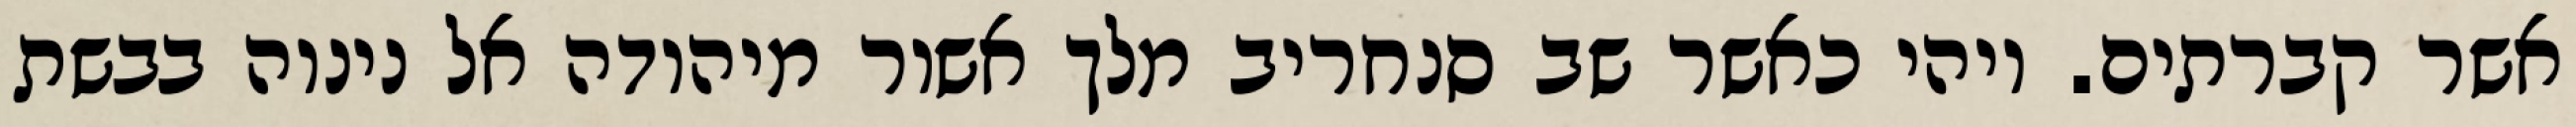
אשר קברתים. ויהי כאשר שב סנחריב מלך אשור מיהודה אל נינוה בבשת